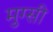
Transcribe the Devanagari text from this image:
मुग्सी